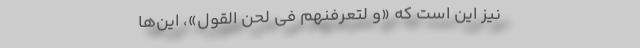
نیز این است که «وَ لَتَعْرِفَنَّهُمْ فی لَحْنِ الْقَوْلِ»، این‌ها